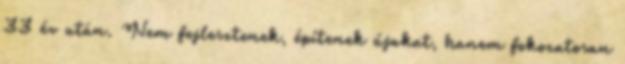
33 év után. Nem fejlesztenek, építenek újakat, hanem fokozatosan